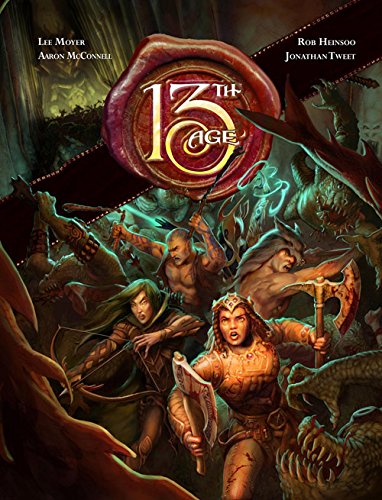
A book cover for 13th Age RPG Core Book; Rob Heinsoo; Science Fiction & Fantasy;